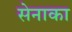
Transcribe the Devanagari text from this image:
सेनाका